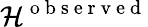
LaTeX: \mathcal{H}^{\mathrm{{~o~b~s~e~r~v~e~d~}}}